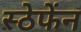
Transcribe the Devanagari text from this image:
स्ठेफेंन